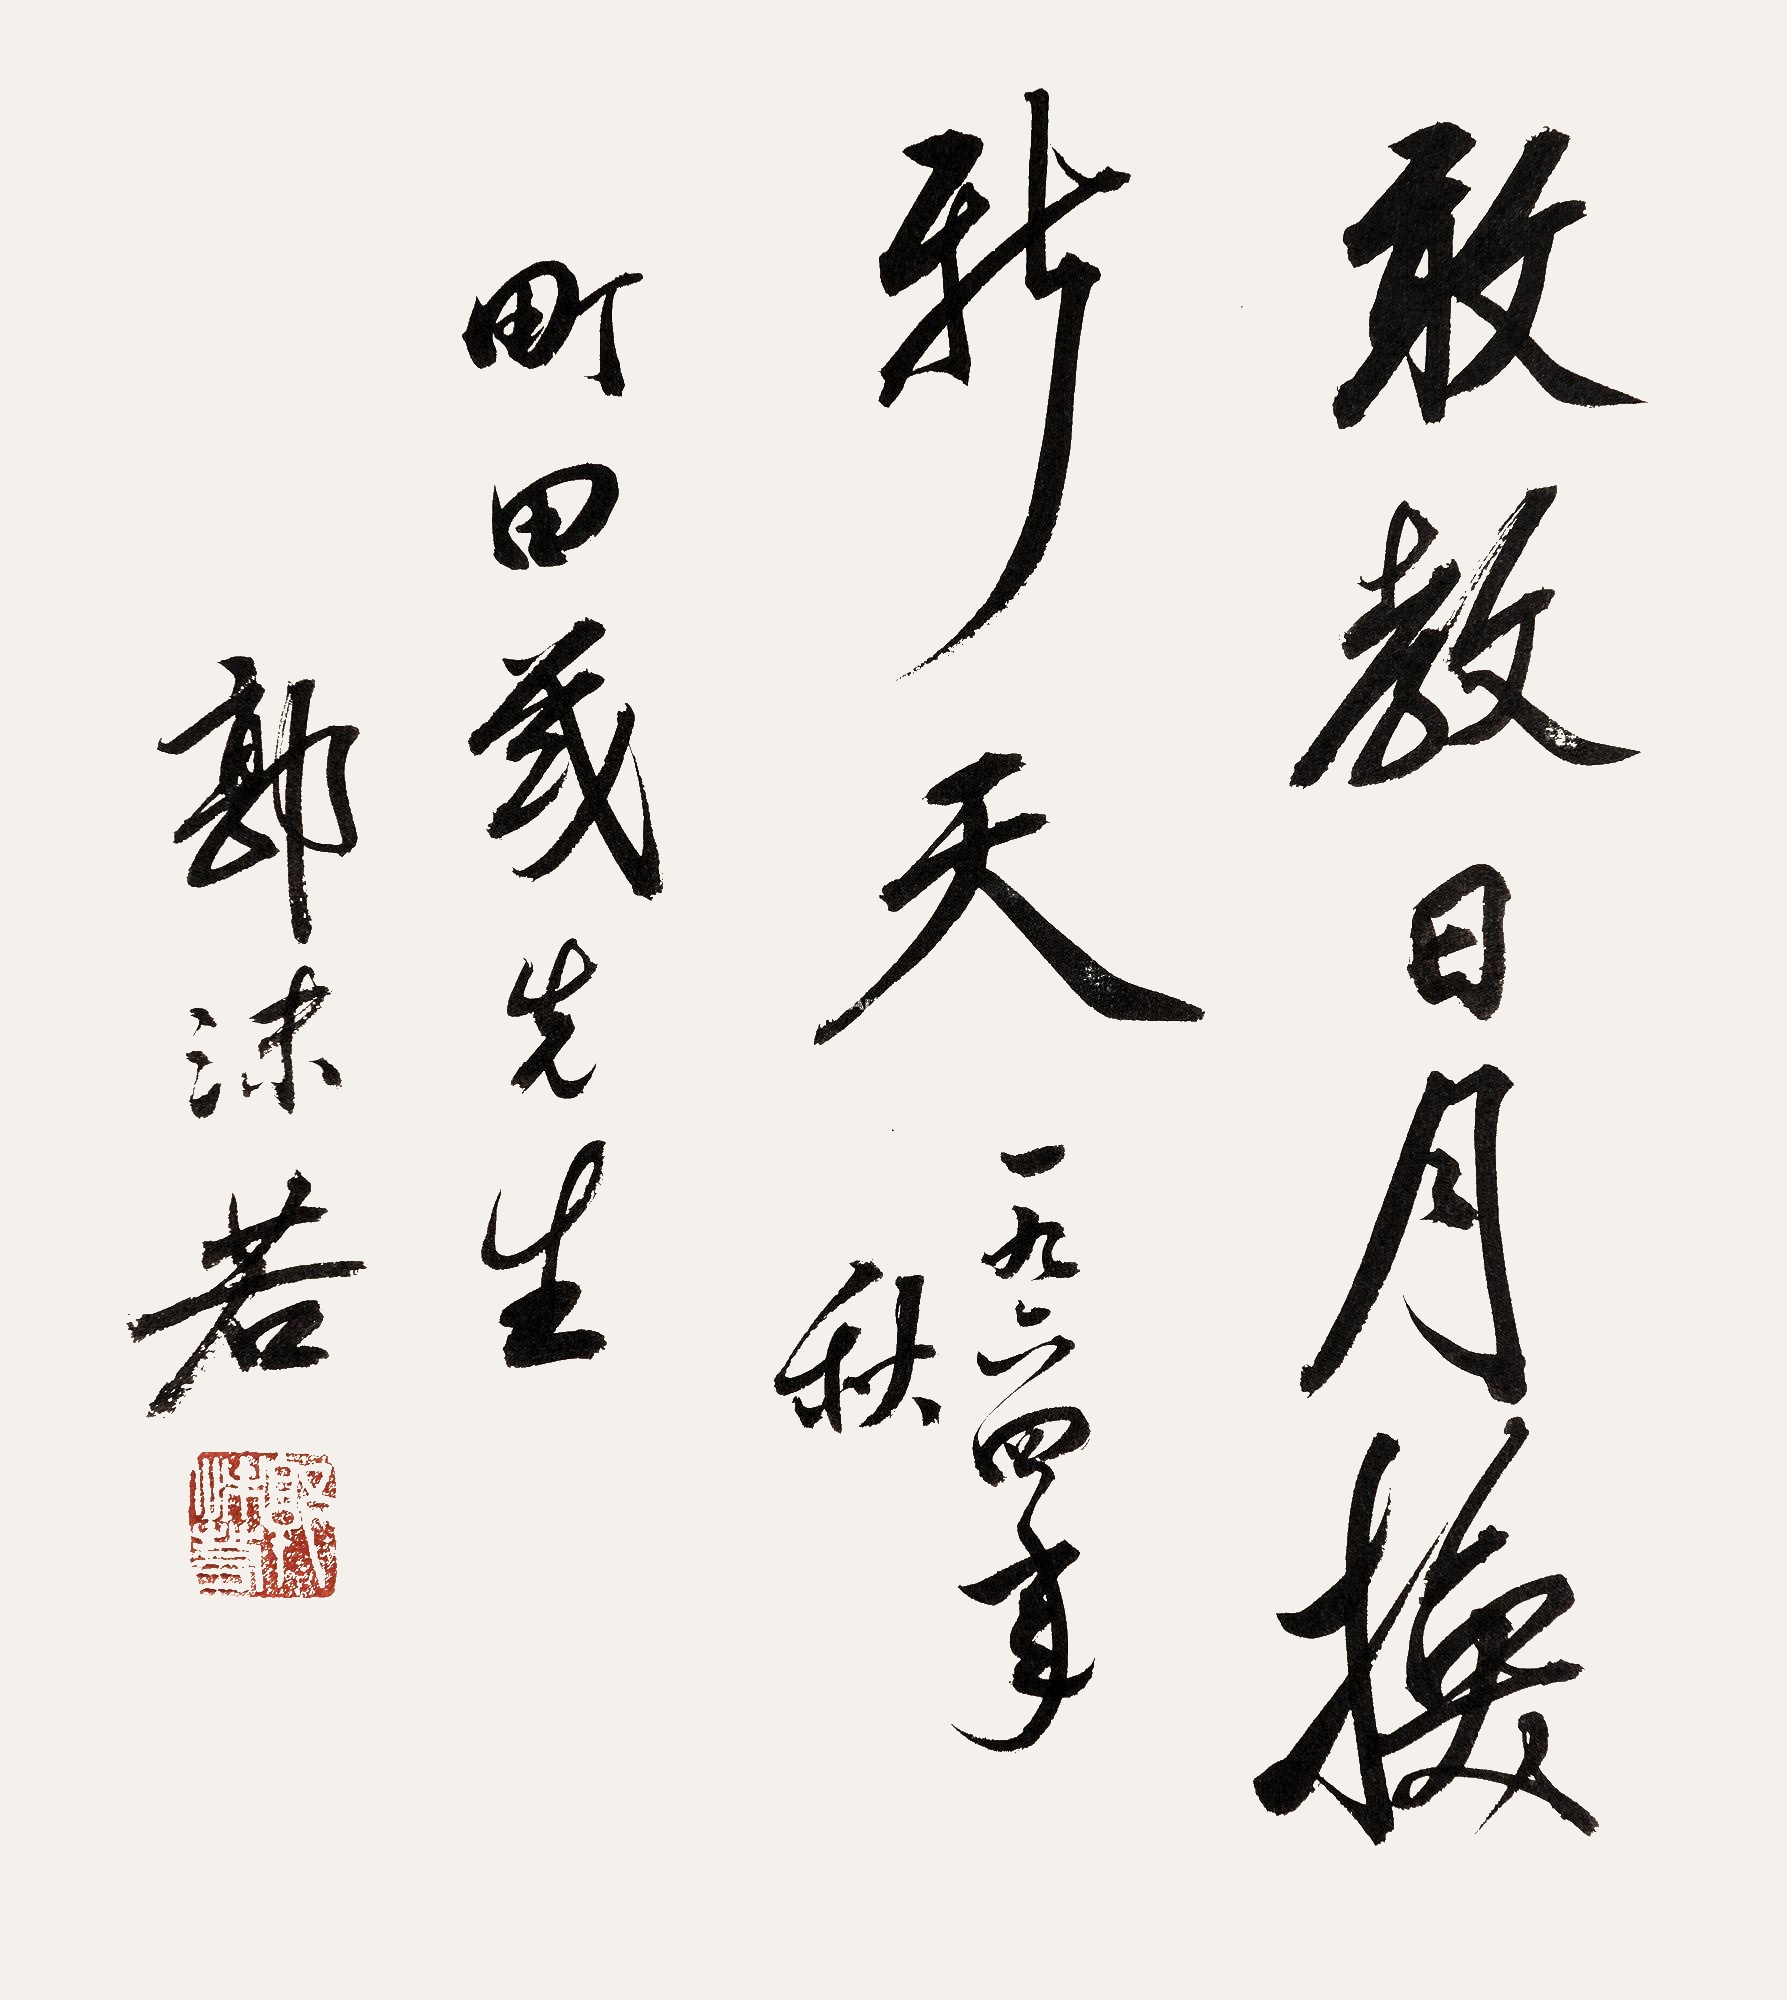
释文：敢教日月换新天。一九六四年秋，町田茂先生。郭沫若。